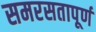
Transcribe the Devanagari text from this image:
समरसतापूर्ण